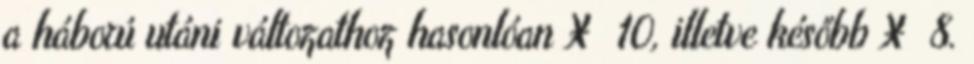
a háború utáni változathoz hasonlóan X 10, illetve később X 8.